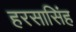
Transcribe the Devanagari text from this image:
हरसासिंह